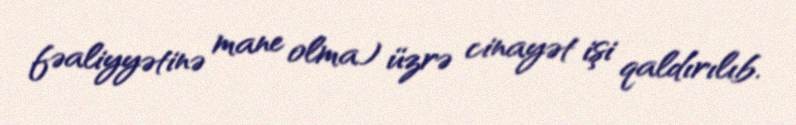
fəaliyyətinə mane olma) üzrə cinayət işi qaldırılıb.